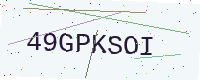
Text: 49GPKSOI